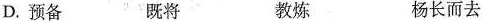
D.预备 既将 教炼 杨长而去